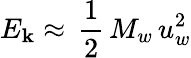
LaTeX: E_{\mathbf{k}}\approx\, \frac{{1}}{{2}}\, M_{w}\, u_{w}^{2}